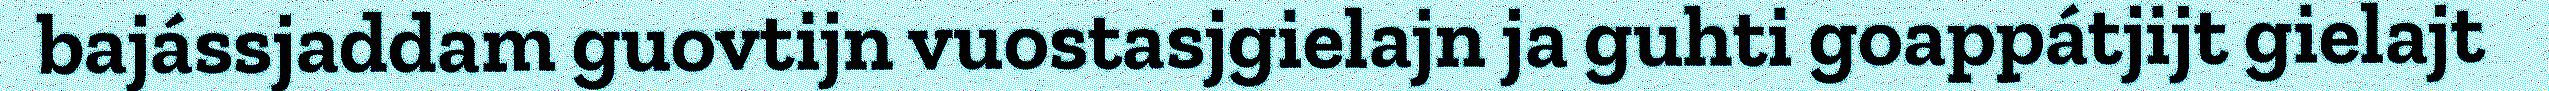
bajássjaddam guovtijn vuostasjgielajn ja guhti goappátjijt gielajt